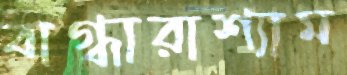
বাগ্ধারাশ্যাম